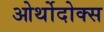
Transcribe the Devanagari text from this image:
ओर्थोदोक्स